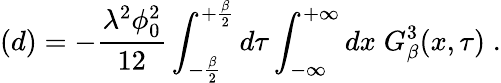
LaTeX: (d)=-\frac{\lambda^{2}\phi_{0}^{2}}{12}\int_{-\frac{\beta}{2}}^{+\frac{\beta}{2}}d\tau\int_{-\infty}^{+\infty}dx\; G_{\beta}^{3}(x,\tau)\; .